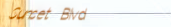
Sunset Blvd